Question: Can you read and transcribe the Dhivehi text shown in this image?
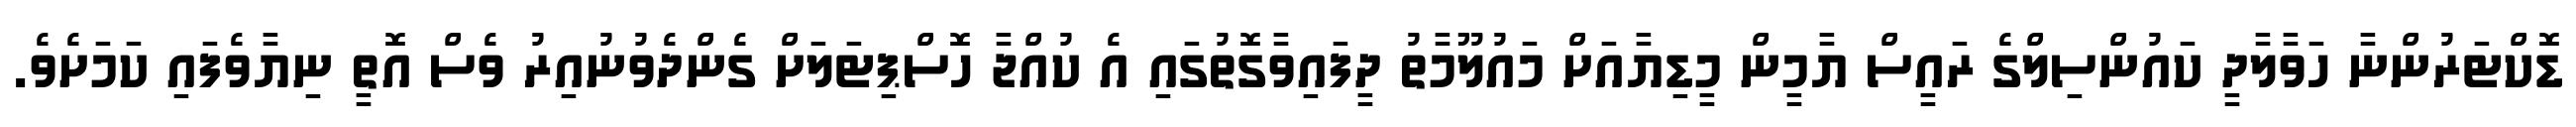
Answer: ޑޮކްޓަރުންނާ ހަވާލާދީ ކައުންސިލްގެ ރައީސް ޔާމީން މީޑިޔާއަށް މައުލޫމާތު ދީފައިވާގޮތުގައި އެ ކުއްޖާ ހޮސްޕިޓަލަށް ގެންދެވުނުއިރު ވެސް އޮތީ ނިޔާވެފައި ކަމަށެވެ.